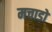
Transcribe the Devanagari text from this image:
मचाडो